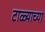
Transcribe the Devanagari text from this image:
टाळ्याच्या